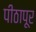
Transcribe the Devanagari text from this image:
पीठापूर